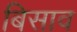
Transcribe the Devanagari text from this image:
बिसाव